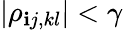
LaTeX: |\rho_{\mathbf{i}j,kl}|<\gamma